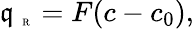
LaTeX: \mathfrak{q}_{\mathrm{{~\tiny~R~}}}=F(c-c_{0}),